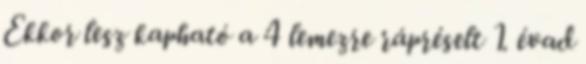
Ekkor lesz kapható a 4 lemezre rápréselt 1. évad